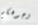
وجوهكم